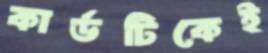
কার্ডটিকেই